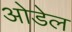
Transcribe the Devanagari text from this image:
ओडेल